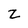
Character: Z